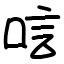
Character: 唁